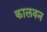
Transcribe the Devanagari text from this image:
कालवन